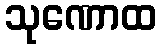
သုဏောထ